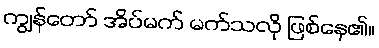
ကျွန်တော် အိပ်မက် မက်သလို ဖြစ်နေ၏။